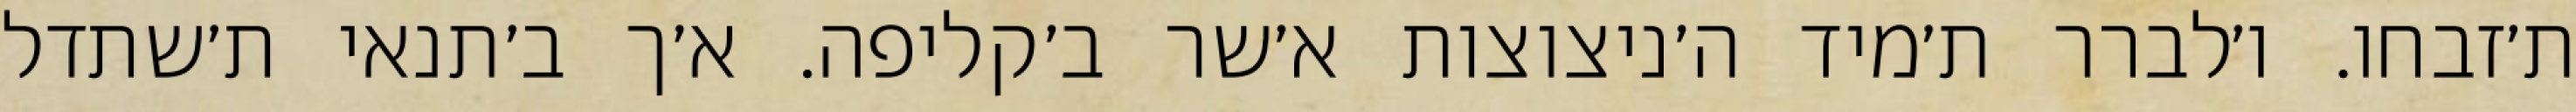
ת׳זבחו. ו׳לברר ת׳מיד ה׳ניצוצות א׳שר ב׳קליפה. א׳ך ב׳תנאי ת׳שתדל